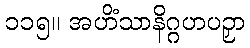
၁၁၅။ အဟိံသာနိဂ္ဂဟပဉှာ